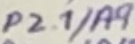
Text: P2.1/A9